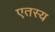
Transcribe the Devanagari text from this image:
एतस्य